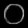
Digit: ၀